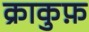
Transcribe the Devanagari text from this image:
क्राकुफ़